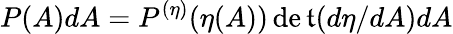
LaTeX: P(A)dA=P^{(\eta)}(\eta(A))\operatorname*{de\mathfrak{t}}(d\eta/dA)dA